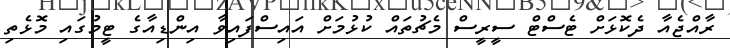
ރާއްޖެއާ ދެކޮޅަށް ޓެސްޓް ސީރީސް މެޗުތައް ކުޅުމަށް އައިސްފައިވާ އިންޑިއާގެ ޓީމުގައި މޮޅެތި